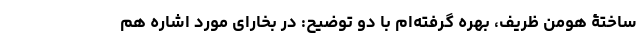
ساختۀ هومن ظریف، بهره گرفته‌ام با دو توضیح: در بخارای مورد اشاره هم